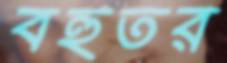
বহুতর